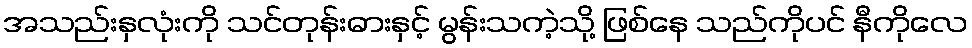
အသည်းနှလုံးကို သင်တုန်းဓားနှင့် မွန်းသကဲ့သို့ ဖြစ်နေ သည်ကိုပင် နီကိုလေ